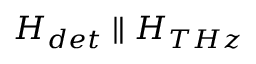
H _ { d e t } \parallel H _ { T H z }